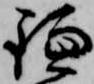
鎌